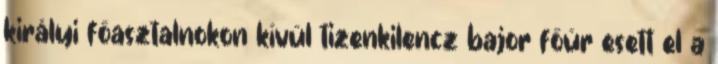
királyi főasztalnokon kívül tizenkilencz bajor főúr esett el a